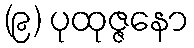
(၉) ပုထုဇ္ဇနော